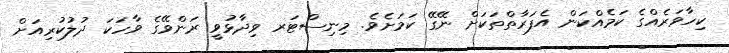
ކިހާވަރެއްގެ ކަމެއްކަން އެފަރާތްތަކަށް ނޭގޭ ކަމަށެވެ. މިނިސްޓަރ ވިދާޅުވީ ރަންވޭގެ ވާހަކަ ދުލުކުރިއަށް